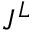
J ^ { L }